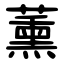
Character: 薰